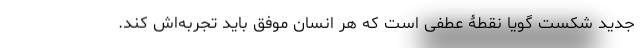
جدیدِ شکست گویا نقطۀ عطفی است که هر انسان موفق باید تجربه‌اش کند.